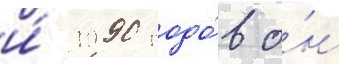
и́ 1990 годо́в о́н